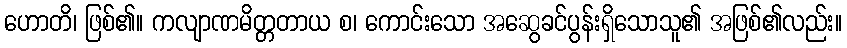
ဟောတိ၊ ဖြစ်၏။ ကလျာဏမိတ္တတာယ စ၊ ကောင်းသော အဆွေခင်ပွန်းရှိသောသူ၏ အဖြစ်၏လည်း။